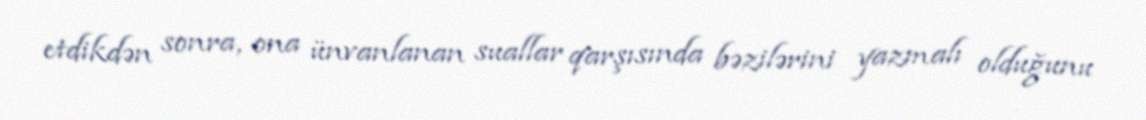
etdikdən sonra, ona ünvanlanan suallar qarşısında bəzilərini yazmalı olduğunu